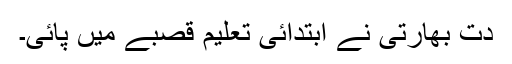
دت بھارتی نے ابتدائی تعلیم قصبے میں پائی۔